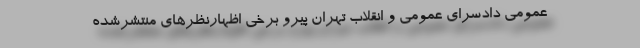
عمومی دادسرای عمومی و انقلاب تهران پیرو برخی اظهارنظرهای منتشرشده